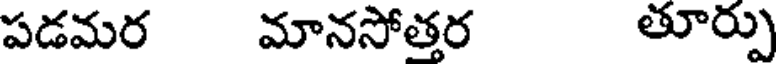
పడమర మానసోత్తర తూర్పు